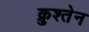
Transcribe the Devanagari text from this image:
क्रुश्तेन